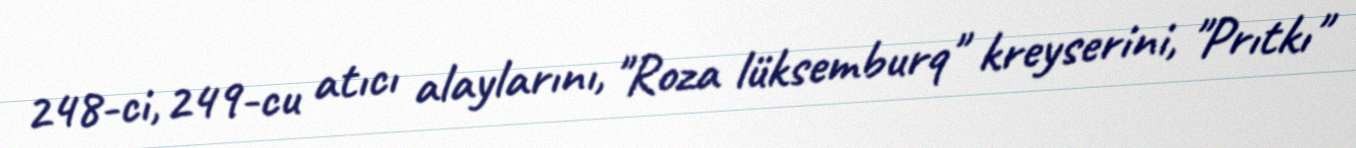
248-ci, 249-cu atıcı alaylarını, "Roza lüksemburq" kreyserini, "Prıtkı"